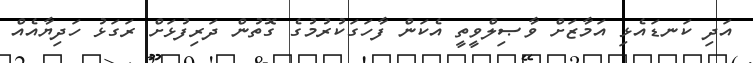
އަދި ކަނޑައެޅި އަމާޒަށް ވާޞިލްވީތީ އެކަން ފާހަގަކުރުމުގެ ގޮތުން ދަރިފުޅަށް ރަގަޅު ހަދިޔާއެއް